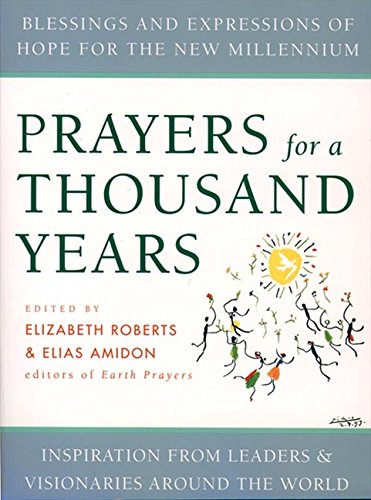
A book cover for Prayers for a Thousand Years; Elizabeth Roberts; Religion & Spirituality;